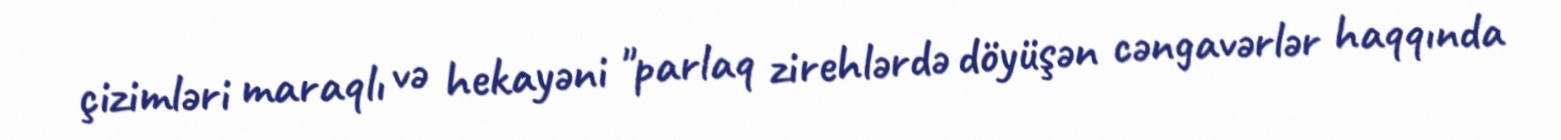
çizimləri maraqlı və hekayəni "parlaq zirehlərdə döyüşən cəngavərlər haqqında